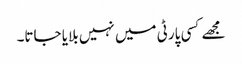
مجھے کسی پارٹی میں نہیں بلایا جاتا۔